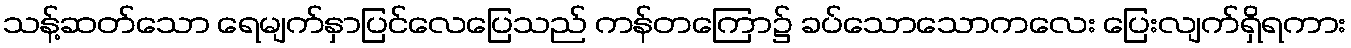
သန့်ဆတ်သော ရေမျက်နှာပြင်လေပြေသည် ကန်တကြော၌ ခပ်သောသောကလေး ပြေးလျက်ရှိရကား